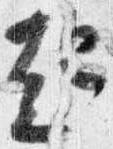
起